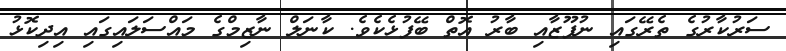
ސަރުކާރުގެ ތެރޭގައި ނުފޫޒާއި ބާރު އޮތް ބޭފުޅެކެވެ. ކާނަލް ނާޒިމްގެ މައްސަލައިގައި އިދިކޮޅު